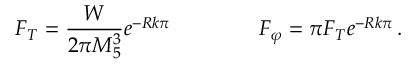
F _ { T } = \frac { W } { 2 \pi M _ { 5 } ^ { 3 } } e ^ { - R k \pi } \, \qquad \qquad F _ { \varphi } = \pi F _ { T } e ^ { - R k \pi } \, .